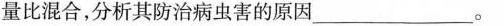
量比混合，分析其防治病虫害的原因____。